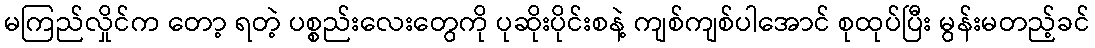
မကြည်လှိုင်က တော့ ရတဲ့ ပစ္စည်းလေးတွေကို ပုဆိုးပိုင်းစနဲ့ ကျစ်ကျစ်ပါအောင် စုထုပ်ပြီး မွန်းမတည့်ခင်